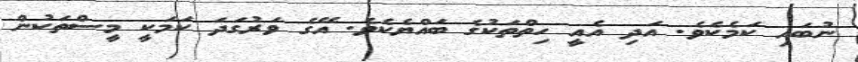
ނުބައި ކަމެކެވެ. އަދި އެއީ ހިތްތަކުގެ ބައްޔެކެވެ. އޭގެ ވަރުގަދަ ކަމަކީ މީސްތަކުން